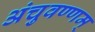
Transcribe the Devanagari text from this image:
अंचुवण्णम्